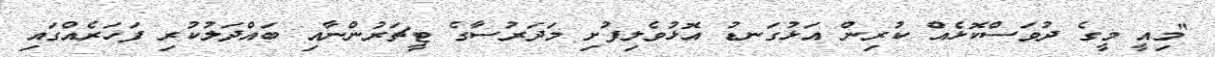
"މިއީ މީގެ ދުވަސްކޮޅެއް ކުރިން އަޅުގަނޑު އޮޅުވެލިފުށި މަދަރުސާގެ ޓީޗަރުންނާއި ބައްދަލުކުރި ފަހަރެއްގައި